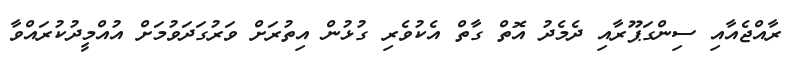
ރާއްޖެއާއި ސިންގަޕޫރާއި ދެމެދު އޮތް ގާތް އެކުވެރި ގުޅުން އިތުރަށް ވަރުގަދަވުމަށް އުއްމީދުކުރައްވާ